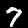
Label: 7